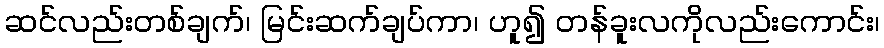
ဆင်လည်းတစ်ချက်၊ မြင်းဆက်ချပ်ကာ၊ ဟူ၍ တန်ခူးလကိုလည်းကောင်း၊